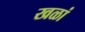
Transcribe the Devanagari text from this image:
खळां